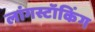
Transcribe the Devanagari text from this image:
लांगस्टॉकिंग